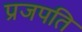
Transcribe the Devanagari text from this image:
प्रजपति